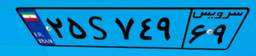
۲۶S۳۵۷۸۲